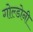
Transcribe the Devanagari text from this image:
गोल्डोनी